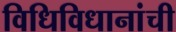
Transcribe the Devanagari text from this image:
विधिविधानांची